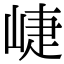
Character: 崨